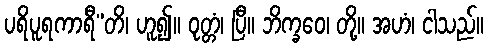
ပရိပူရကာရီ”တိ၊ ဟူ၍။ ဝုတ္တံ၊ ပြီ။ ဘိက္ခဝေ၊ တို့။ အဟံ၊ ငါသည်။